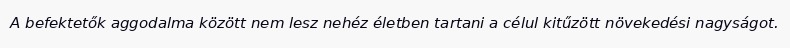
A befektetők aggodalma között nem lesz nehéz életben tartani a célul kitűzött növekedési nagyságot.